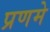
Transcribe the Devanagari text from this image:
प्रणमे